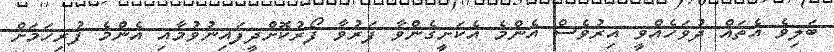
ބަލިވެ އެތައް ދުވަހެއްވީ އިރުވެސް އެންމެ އެކަށީގެންވާ ފަރުވާ ފޯރުކޮށްދީފައިނުވުމާއި އެންމެ ފުރިހަމަށް